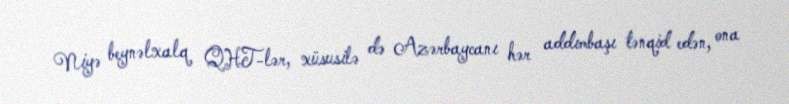
Niyə beynəlxalq QHT-lər, xüsusilə də Azərbaycanı hər addımbaşı tənqid edən, ona